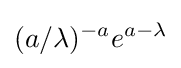
(a/\lambda )^{-a}e^{a-\lambda }